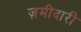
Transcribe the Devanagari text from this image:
ज़मीदारी